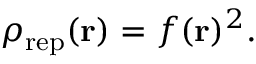
\rho _ { \mathrm { r e p } } ( { \bf r } ) = f ( { \bf r } ) ^ { 2 } .